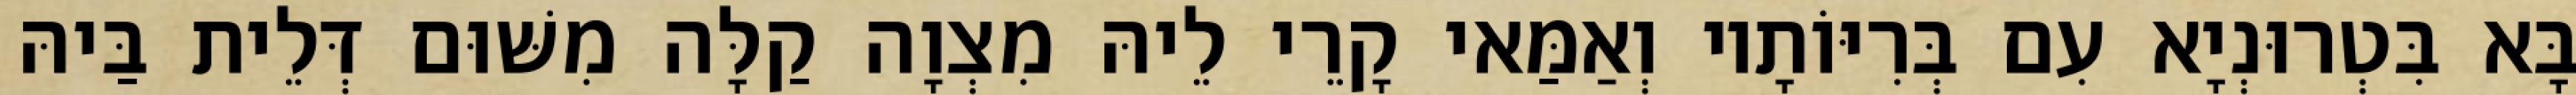
בָּא בִּטְרוּנְיָא עִם בְּרִיּוֹתָיו וְאַמַּאי קָרֵי לֵיהּ מִצְוָה קַלָּה מִשּׁוּם דְּלֵית בַּיהּ